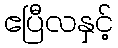
ဧပြီလနှင့်